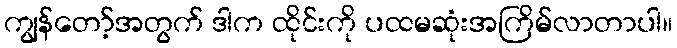
ကျွန်တော့်အတွက် ဒါက ထိုင်းကို ပထမဆုံးအကြိမ်လာတာပါ။